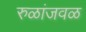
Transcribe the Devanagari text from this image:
रुळांजवळ